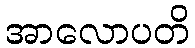
အာလောပတိ